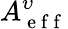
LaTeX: A_{\mathrm{~e~f~f~}}^{\upsilon}